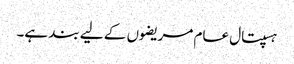
ہسپتال عام مریضوں کے لیے بند ہے۔